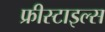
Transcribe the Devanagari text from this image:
फ्रीस्टाइल्स